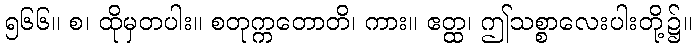
၅၆၆။ စ၊ ထိုမှတပါး။ စတုက္ကတောတိ၊ ကား။ ဧတ္ထ၊ ဤသစ္စာလေးပါးတို့၌။